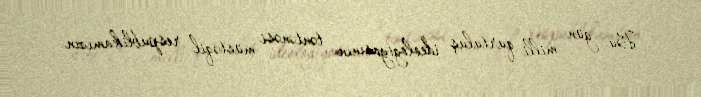
Bu gün milli qurtuluş ideologiyasının təntənəsi müstəqil respublikamızın